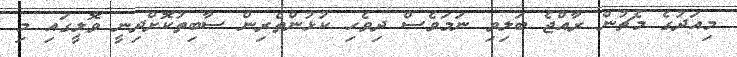
މިއަދުގެ މެޗުން ރާއްޖެ ބަލިވި ނަމަވެސް ދިވެހި ކުޅުންތެރިން ސާބިތުކޮށްދިނީ ވޮލީގައި މި